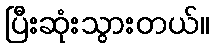
ပြီးဆုံးသွားတယ်။